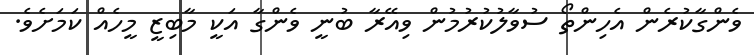
ވެންގާކުރެން އެހިންތޯ ސުވާލުކުރުމުން ވިއޭރާ ބުނީ ވެންގާ އަކީ މާބިޒީ މީހެއް ކަމަށެވެ.